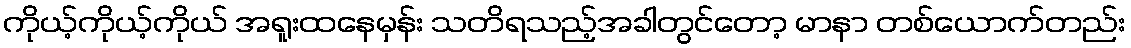
ကိုယ့်ကိုယ့်ကိုယ် အရူးထနေမှန်း သတိရသည့်အခါတွင်တော့ မာနာ တစ်ယောက်တည်း